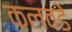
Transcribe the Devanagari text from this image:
कलवडे